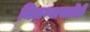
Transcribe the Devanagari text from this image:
मिळण्यासाठीही